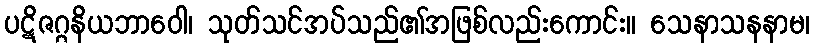
ပဋိဇဂ္ဂနိယဘာဝေါ၊ သုတ်သင်အပ်သည်၏အဖြစ်လည်းကောင်း။ သေနာသနနာမ၊